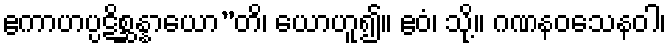
ဧကာဟပ္ပဋိစ္ဆန္နာယော”တိ၊ ယောဟူ၍။ ဧဝံ၊ သို့။ ဂဏနဝသေနဝါ၊